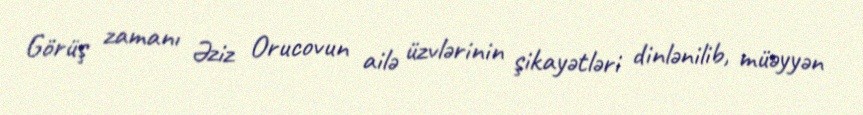
Görüş zamanı Əziz Orucovun ailə üzvlərinin şikayətləri dinlənilib, müəyyən